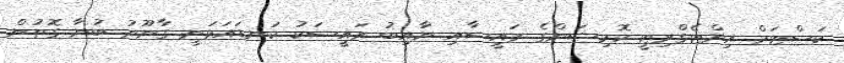
ކަސްޓަމް އިންޓެގްރިޓީ ކޮމިޝަންގެ ރައީސާއި ނާއިބު ރައީސަކު ކަނޑައަޅަނީ ގާނޫނު ބުނާ ގޮތުން